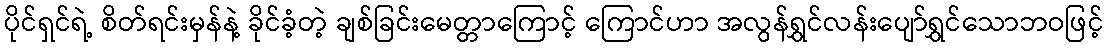
ပိုင်ရှင်ရဲ့ စိတ်ရင်းမှန်နဲ့ ခိုင်ခံ့တဲ့ ချစ်ခြင်းမေတ္တာကြောင့် ကြောင်ဟာ အလွန်ရွှင်လန်းပျော်ရွှင်သောဘဝဖြင့်